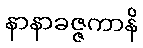
နာနာခဇ္ဇကာနိ